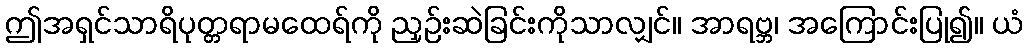
ဤအရှင်သာရိပုတ္တရာမထေရ်ကို ညှဉ်းဆဲခြင်းကိုသာလျှင်။ အာရဗ္ဘ၊ အကြောင်းပြု၍။ ယံ